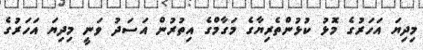
މިދިޔަ އަހަރުގެ މޮޅު ކުޅުންތެރިޔާގެ މަގާމްގެ އިތުރުން އަސަދު ވަނީ މިދިޔަ އަހަރުގެ